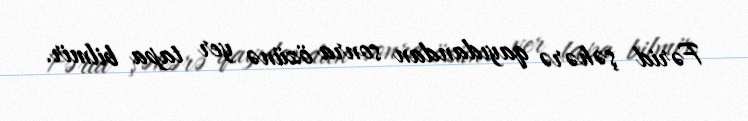
Fərid şəhərə qayıdandan sonra özünə yer tapa bilmir.